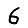
Digit: 6